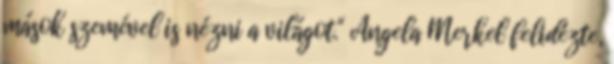
mások szemével is nézni a világot." Angela Merkel felidézte,